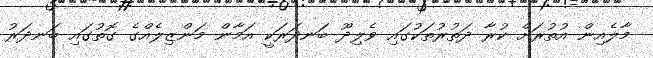
މާލެއިން އުތުރަށް ކުރާ ދަތުރުތަކުގައި ވެލިދޫ ބަނދަރަކީ އަމާން މަންޒިލެއްގެ ގޮތުގައި ބަނދަރު